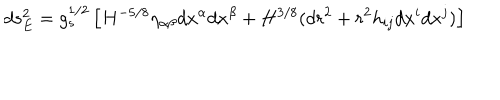
d s _ { E } ^ { 2 } = g _ { s } ^ { 1 / 2 } \left[ H ^ { - 5 / 8 } \eta _ { \alpha \beta } d x ^ { \alpha } d x ^ { \beta } + H ^ { 3 / 8 } ( d r ^ { 2 } + r ^ { 2 } h _ { i j } d x ^ { i } d x ^ { j } ) \right]